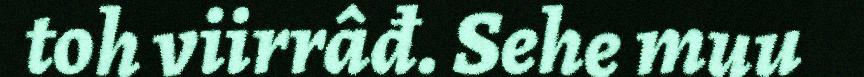
toh viirrâđ. Sehe muu